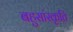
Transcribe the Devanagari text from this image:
बहुसांस्कृति